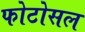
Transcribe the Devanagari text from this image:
फोटोसल